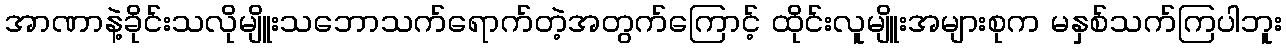
အာဏာနဲ့ခိုင်းသလိုမျိူးသဘောသက်ရောက်တဲ့အတွက်ကြောင့် ထိုင်းလူမျိူးအများစုက မနှစ်သက်ကြပါဘူး